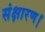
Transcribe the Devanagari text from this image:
संक्षारण।